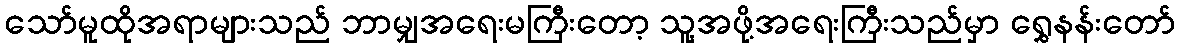
သော်မူထိုအရာများသည် ဘာမျှအရေးမကြီးတော့ သူ့အဖို့အရေးကြီးသည်မှာ ရွှေနန်းတော်